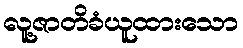
လူ့ဇာတိခံယူထားသော